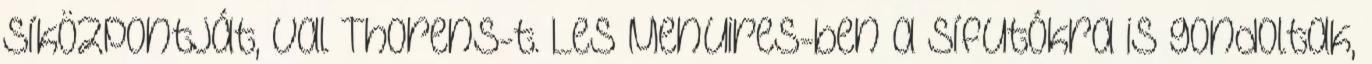
síközpontját, Val Thorens-t. Les Menuires-ben a sífutókra is gondoltak,